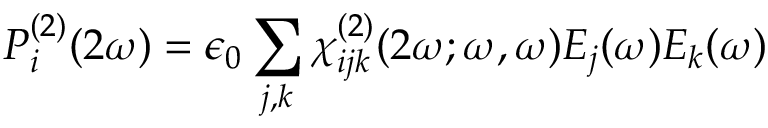
P _ { i } ^ { ( 2 ) } ( 2 \omega ) = \epsilon _ { 0 } \sum _ { j , k } \chi _ { i j k } ^ { ( 2 ) } ( 2 \omega ; \omega , \omega ) E _ { j } ( \omega ) E _ { k } ( \omega )